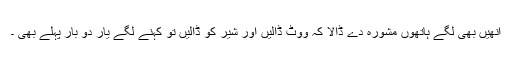
انھیں بھی لگے ہاتھوں مشورہ دے ڈالا کہ ووٹ ڈالیں اور شیر کو ڈالیں تو کہنے لگے یار دو بار پہلے بھی ۔